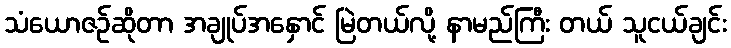
သံယောဇဉ်ဆိုတာ အချုပ်အနှောင် မြဲတယ်လို့ နာမည်ကြီး တယ် သူငယ်ချင်း